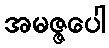
အမဇ္ဇပေါ